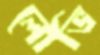
লোভি